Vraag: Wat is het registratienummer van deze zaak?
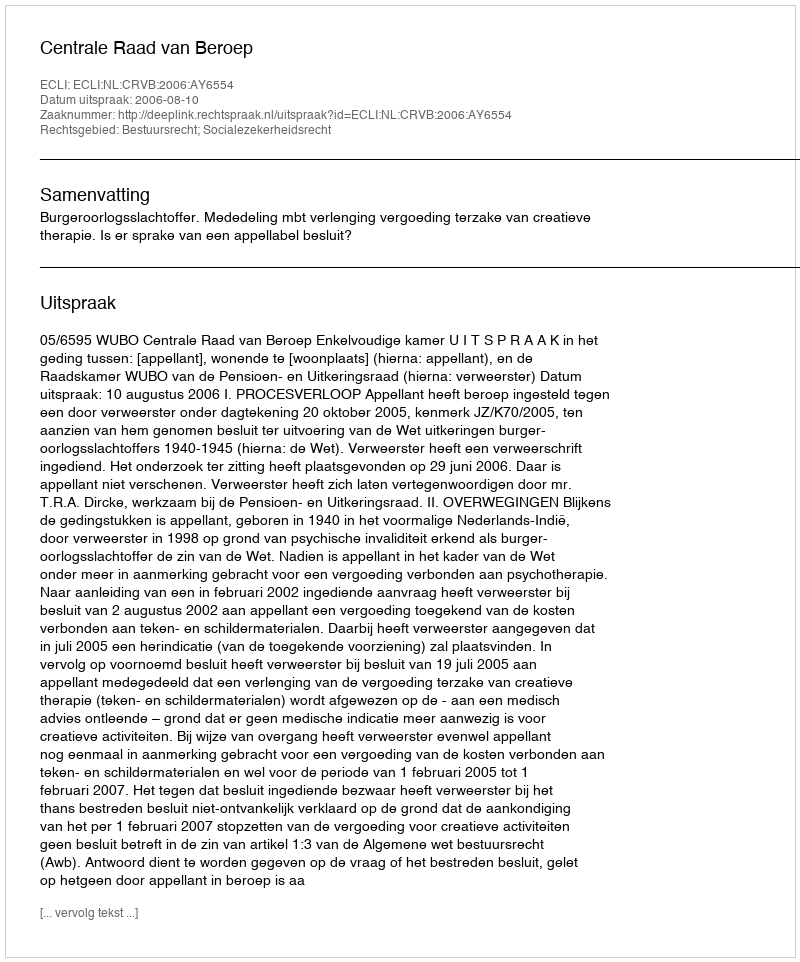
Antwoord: http://deeplink.rechtspraak.nl/uitspraak?id=ECLI:NL:CRVB:2006:AY6554